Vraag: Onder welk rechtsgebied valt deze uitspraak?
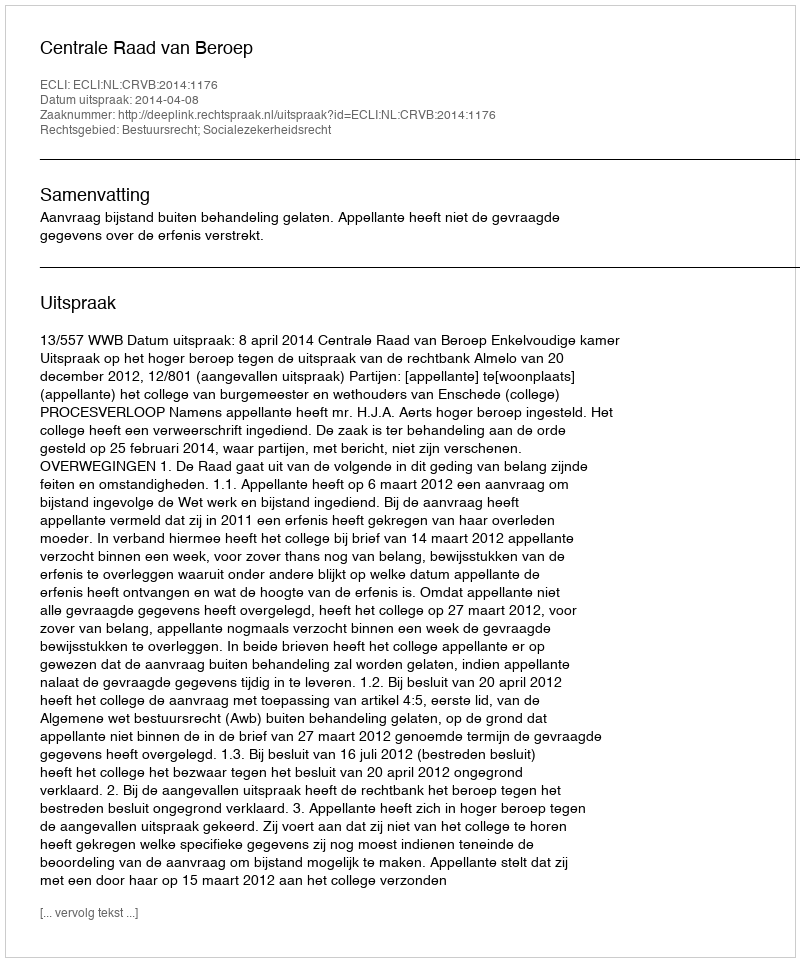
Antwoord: Bestuursrecht; Socialezekerheidsrecht